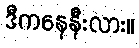
ဒီကနေနီးလား။